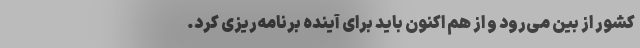
کشور از بین می‌رود و از هم اکنون باید برای آینده برنامه‌ریزی کرد.